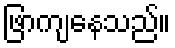
ဖြာကျနေသည်။